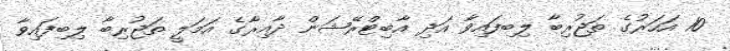
10 އަހަރުގެ ތަޖުރިބާ ލިބިފައިވާ އަދި އާބިޓްރޭޝަން ދާއިރާގެ އަމަލީ ތަޖުރިބާ ލިބިފައިވާ